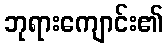
ဘုရားကျောင်း၏